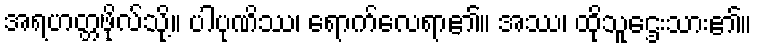
အရဟတ္တဖိုလ်သို့။ ပါပုဏိဿ၊ ရောက်လေရာ၏။ အဿ၊ ထိုသူဌေးသား၏။